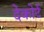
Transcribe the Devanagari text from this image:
देकोर्ट